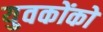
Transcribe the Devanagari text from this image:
युवकोंको